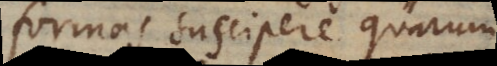
formas suscipere quarum